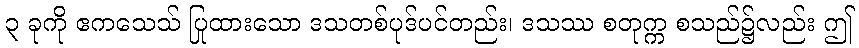
၃ ခုကို ဧကသေသ် ပြုထားသော ဒသတစ်ပုဒ်ပင်တည်း၊ ဒသဿ စတုက္က စသည်၌လည်း ဤ